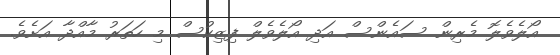
އޯލެވެލޮ މެރިން ސައެންސް އަދި އޯލެވެލް ފިޒިކުސް މި ހަތަރު މާއްދާ އަށެވެ.